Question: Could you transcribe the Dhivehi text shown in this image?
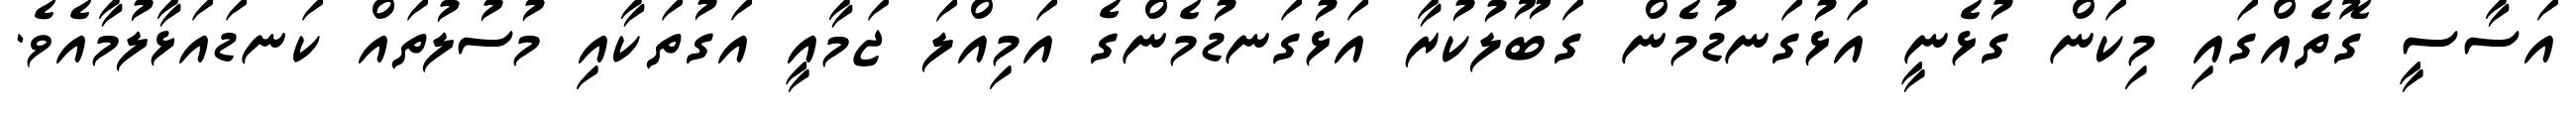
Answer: އަސާސީ ގޮތެއްގައި މިކަން ގުޅެނީ އަޅުގަނޑުމެން ގަބޫލުކުރާ އަޅުގަނޑުމެންގެ އަމިއްލަ ޖަމާއީ އަގުތަކާއި މުސުލުތައް ކަނޑައަޅާލުމާއެވެ.